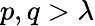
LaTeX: p,q>\lambda